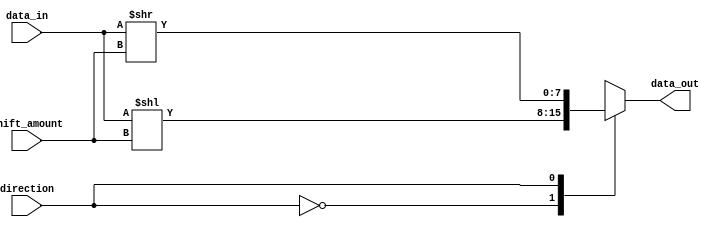
module Barrel_Shifter(input [7:0] data_in,
                        input [2:0] shift_amount,
                        input direction,
                        output reg [7:0] data_out);

  always @*
  begin
    case(direction)
      0: data_out = data_in << shift_amount; // Left shift
      1: data_out = data_in >> shift_amount; // Right shift
    endcase
  end

endmodule